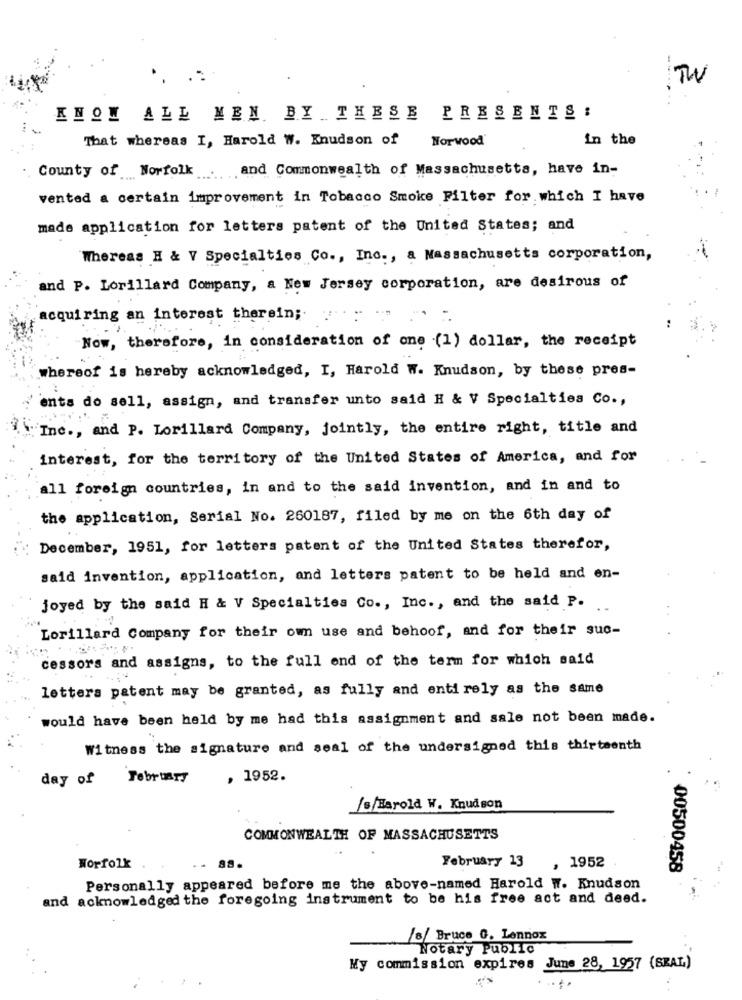
TW
KNOW ALL MEN BY THESE PRESENTS:
That whereas I, Harold W. Knudson of
Norwood
in the
County of Norfolk
and Commonwealth of Massachusetts, have in-
vented a certain improvement in Tobacco Smoke Filter for which I have
made application for letters patent of the United States; and
Whereas H & V Specialties Co ., Inc ., a Massachusetts corporation,
and P. Lorillard Company, a New Jersey corporation, are desirous of
acquiring an interest therein ;.
Now, therefore, in consideration of one (1) dollar, the receipt
whereof is hereby acknowledged, I, Harold W. Knudson, by these pres-
ents do sell, assign, and transfer unto said H & V Specialties Co .,
'Inc ., and P. Lorillard Company, jointly, the entire right, title and
interest, for the territory of the United States of America, and for
all foreign countries, in and to the said invention, and in and to
the application, Serial No. 260187, filed by me on the 6th day of
December, 1951, for letters patent of the United States therefor,
said invention, application, and letters patent to be held and en-
joyed by the said H & V Specialties Co ., Inc ., and the said P.
Lorillard Company for their own use and behoof, and for their suc-
cessors and assigns, to the full end of the term for which said
letters patent may be granted, as fully and entirely as the same
would have been held by me had this assignment and sale not been made.
Witness the signature and seal of the undersigned this thirteenth
day of
February
, 1952.
/s/Harold W. Knudson
COMMONWEALTH OF MASSACHUSETTS
February 13
, 1952
Worfolk
` 00500458
Personally appeared before me the above-named Harold W. Knudson
and acknowledged the foregoing instrument to be his free act and deed.
/8/ Bruce C. Lennox
Notary Public
My commission expires June 28, 1957 (SKAL)